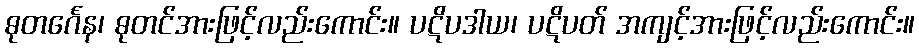
ဓုတင်္ဂေန၊ ဓုတင်အားဖြင့်လည်းကောင်း။ ပဋိပဒါယ၊ ပဋိပတ် အကျင့်အားဖြင့်လည်းကောင်း။